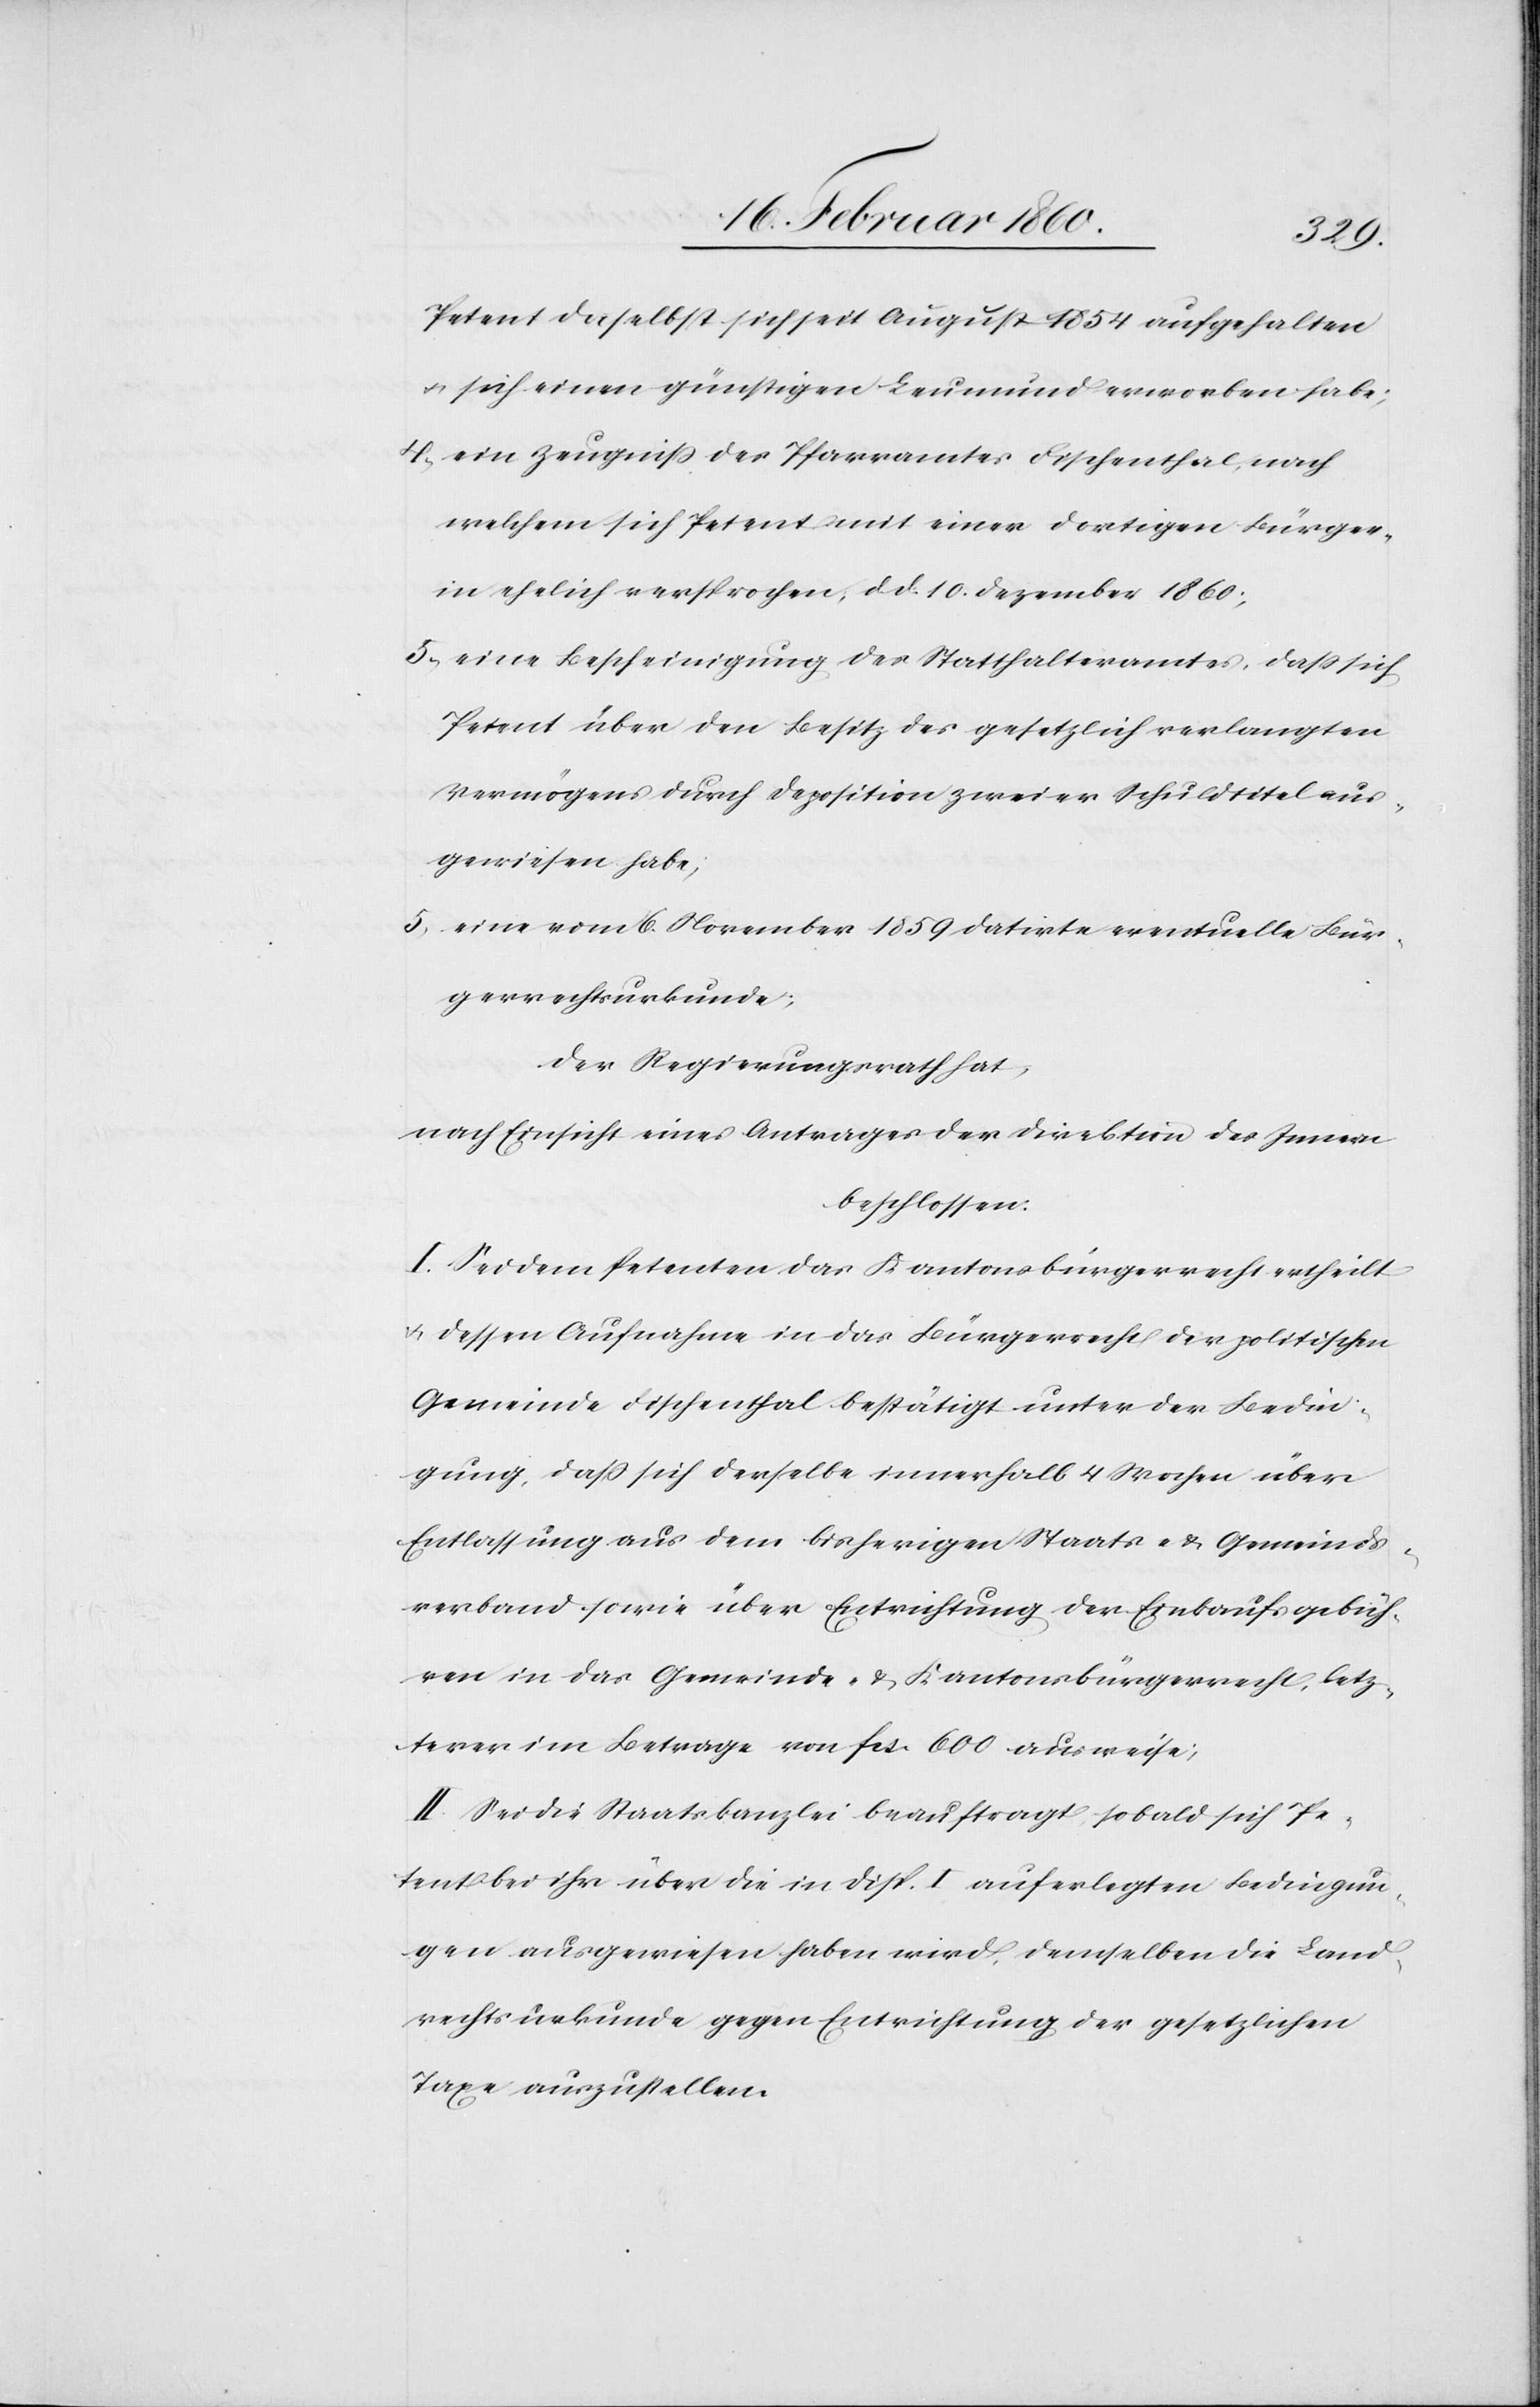
Petent daselbst sich seit August 1854 aufgehalten
u. sich einen günstigen Leumund erworben habe;
4. ein Zeugniss des Pfarramtes Fischenthal, nach
welchem sich Petent mit einer dortigen Bürger¬
in ehelich versprochen, d. d. 10. Dezember 1860
5. eine Bescheinigung des Statthalteramtes, dass sich
Petent über den Besitz des gesetzlich verlangten
Vermögens durch Deposition zweier Schuldtitel aus¬
gewiesen habe;
5. eine vom 6. November 1859 datirte eventuelle Bür¬
gerrechtsurkunde;
Der Regierungsrath hat,
nach Einsicht eines Antrages der Direktion des Innern
beschlossen:
I. Sei dem Petenten das Kantonsbürgerrecht ertheilt
u, dessen Aufnahme in das Bürgerrecht der politischen
Gemeinde Fischenthal bestätigt unter der Bedin¬
gung, dass sich derselbe innerhalb 4 Wochen über
Entlassung aus dem bisherigen Staats- u. Gemeinds¬
verband sowie über Entrichtung der Einkaufgebüh¬
ren in das Gemeinde- u. Kantonsbürgerrecht, letz¬
terer im Betrage von fcs. 6000. ausweise;
II. Sei die Staatskanzlei beauftragt sobald sich Pe¬
tent bei ihr über die in Disp. I. auferlegten Bedingun¬
gen ausgewiesen haben wird, demselben die Land¬
rechtsurkunde gegen Entrichtung der gesetzlichen
Taxe auszustellen.